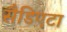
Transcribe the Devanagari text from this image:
सैडिएटा